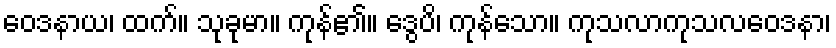
ဝေဒနာယ၊ ထက်။ သုခုမာ။ ကုန်၏။ ဒွေပိ၊ ကုန်သော။ ကုသလာကုသလဝေဒနာ၊